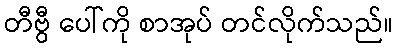
တီဗွီ ပေါ်ကို စာအုပ် တင်လိုက်သည်။